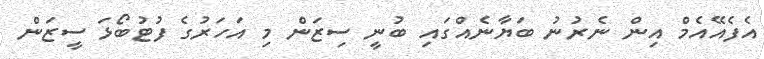
އެފެއޭއެމް އިން ނެރުނު ބަޔާނެއްގައި ބުނީ ސިޒަން މި އަހަރުގެ ފުޓުބޯޅަ ސީޒަން